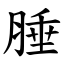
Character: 腄